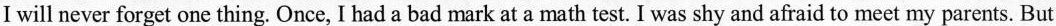
I will never forget one thing. Once, I had a bad mark at a math test. I was shy and afraid to meet my parents. But